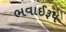
ભવાઈરૂપ